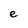
Character: e